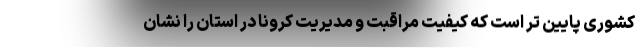
کشوری پایین تر است که کیفیت مراقبت و مدیریت کرونا در استان را نشان